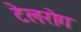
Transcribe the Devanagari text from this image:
टेलरोग